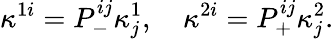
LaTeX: \kappa^{1i}=P_{-}^{ij}\kappa_{j}^{1},\quad\kappa^{2i}=P_{+}^{ij}\kappa_{j}^{2}.